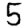
Digit: 5